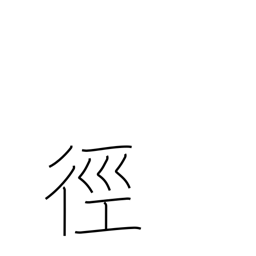
Meaning: method